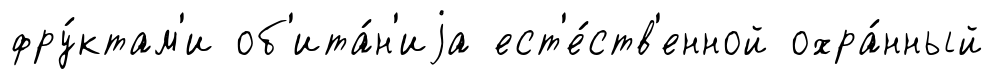
фру́ктам'и об'ита́н'иjа ест'е́ств'енной охра́нный